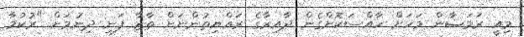
މިއީ ރަމަޟާން މަހަށް ހާއްސަކޮށްގެން ދާއިރާގެ ރައްޔިތުންނަށް ތާޒާ ފަނި ދިނުމަށް "ރުކުމާ